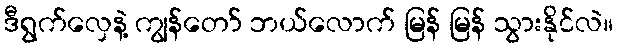
ဒီရွက်လှေနဲ့ ကျွန်တော် ဘယ်လောက် မြန် မြန် သွားနိုင်လဲ။